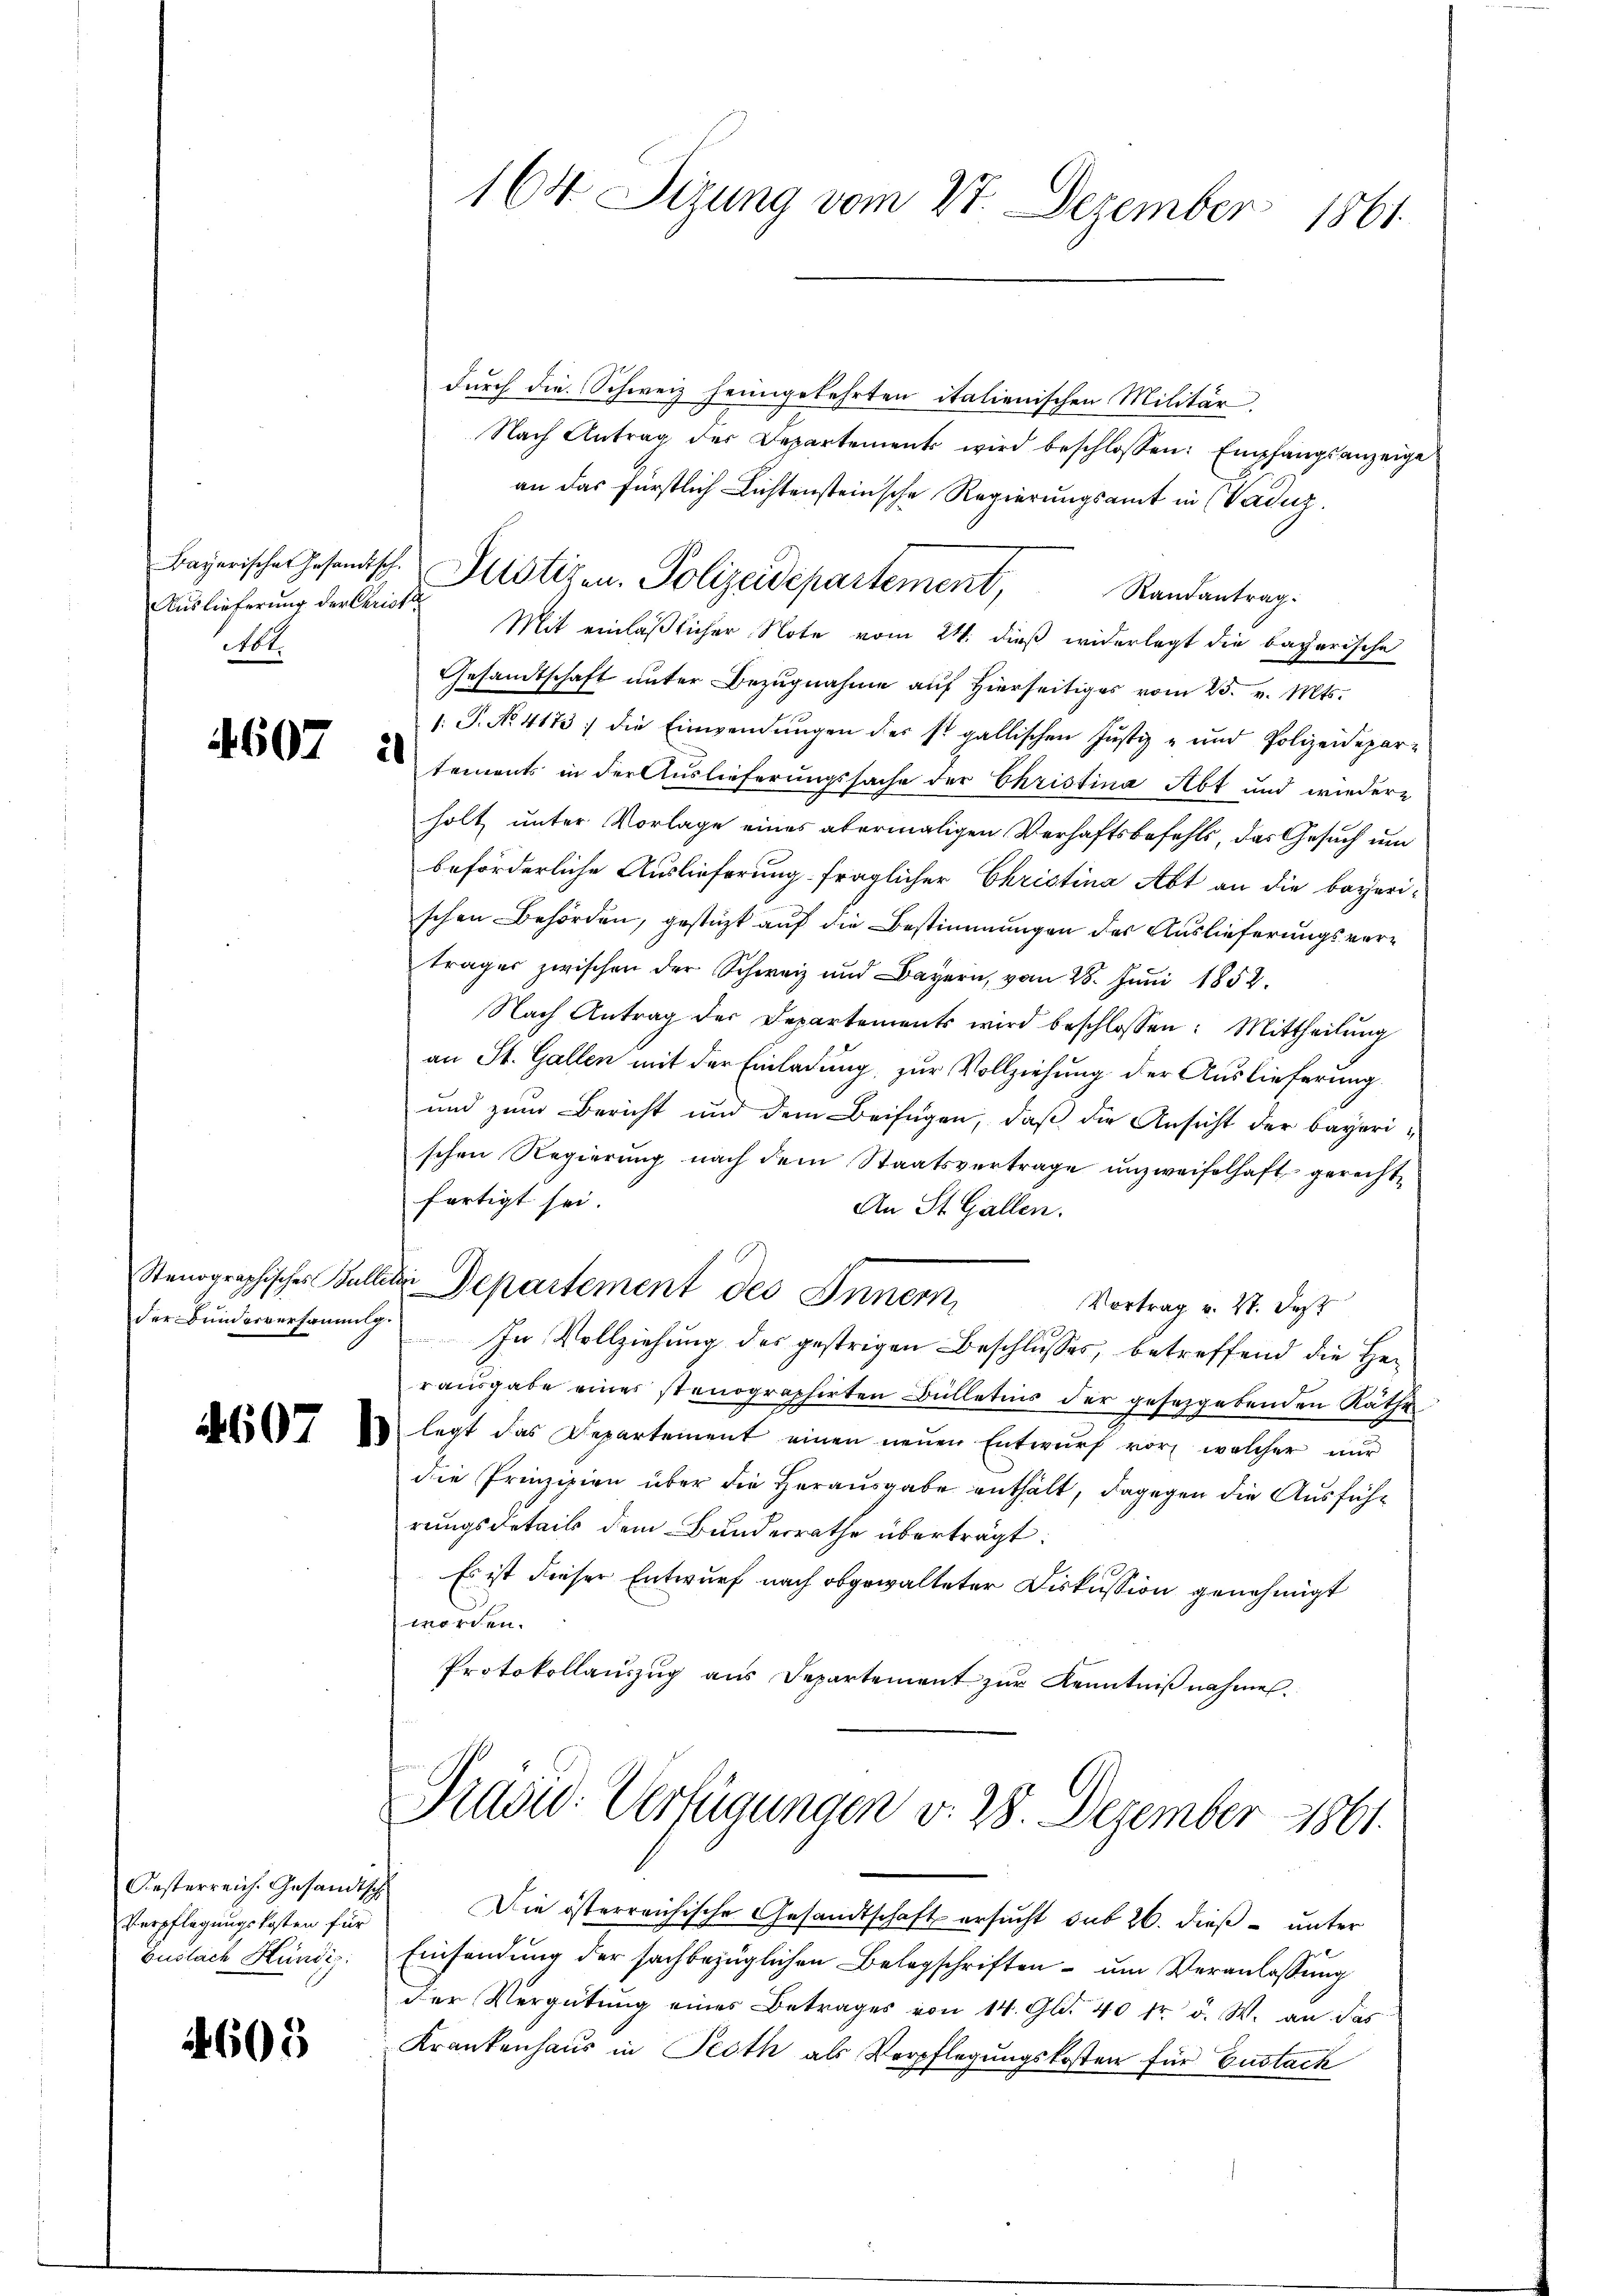
Auslieferung der Christi¬
Mt.

4607 u

Oesterreich. Gesandt¬
Verpflegungskosten für
Guslach Hündig.

4605

durch die Schweiz heimgekehrten italienischen Militär-
Nach Antrag der Departements wird beschlossen: Empfangsanzeige
an das fürstlich Lichtensteinsche Regierungsamt in Vadug.
Mit einläßlicher Note vom 24. dieß widerlegt die bayerische
Gesamtschaft unter Bezugnahme auf hierseitiges vom 25. v. Mts.
1. P. No. 4173; die Einwendŭngen der st. gallischen Justiz- und Polizeidepar-
tements in der Auslieferungssache der Ehristina Abt und wiedere
holt unter Vorlage eines abermaligen Verhaftsbefehls, das Gesuch um
beförderliche Auslieferung fraglicher Christina Abt an die bayeri-
schen Behörden, gestüzt auf die Bestimmungen der Auslieferungsvertrages zwischen der Schweiz und Bayern, vom 28. Juni 1852.
Nach Antrag der Departements wird beschlossen: Mittheilŭng
an St. Gallen mit der Einladung, zur Vollziehung der Auslieferung
und zum Bericht und dem Beifügen, daß die Ansicht der bayerischen Regierung nach dem Staatsvertrage unzweifelhaft gerechtfertigt sei.
An St. Gallen.
Stenographisches Bulliter Departement des Innern,
Vortrag v. 27. Dez
t
der Bunderversammlg. In Vollziehŭng des gestrigen Beschlŭsses, betreffend die Her
rausgabe eines stenographirten Bülletnis der gesetzgebenden Räthe
I u legt das Departement einen neŭen Entwŭrf vor, welcher nur
die Prinzipien über die Herausgabe enthält, dagegen die Ausführungsdetails dem Bundesrathe überträgt:
Es ist dieser Entwurf nach obgewalteter Diskussion genehmigt
werden.
Protokollaŭszŭg ans Departement zŭr Kenntniβnahmen.

164 Sizung vom 27. Dezember 1861

Bayerische Gesandische Altstigen- Polizeidepartement, Randantrag.

Pidor Verfügungen v. 28. Dezember 1861.

1 Die österreichische Gesandtschaft ersŭcht sub 26. dieβ unter
Einsendung der sachbezüglichen Belagschriften um Veranlassung
der Vergütung eines Betrages von 14. Gld. 40 tr. d. W. an das
Krankenhaus in Proth als Verpflegungskosten für Eustack